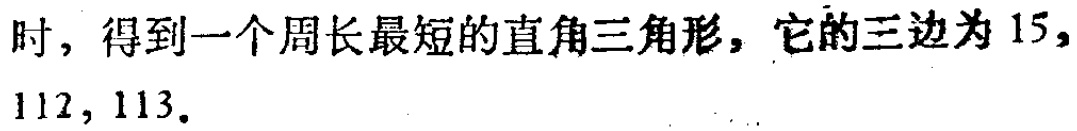
时, 得到一个周长最短的直角三角形，它的三边为 15,

112, 113.